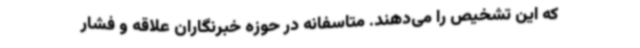
که این تشخیص را می‌دهند. متاسفانه در حوزه خبرنگاران علاقه و فشار